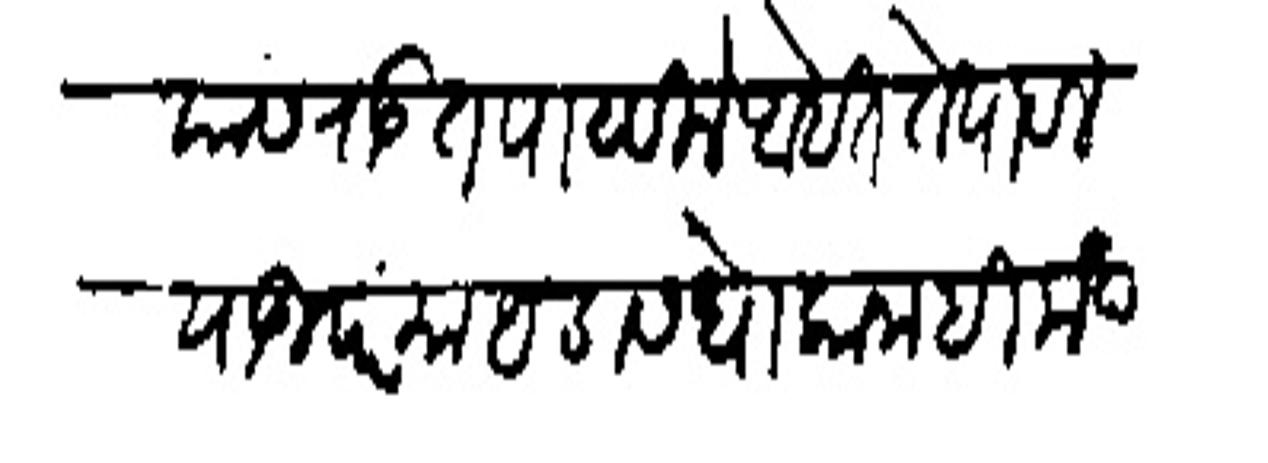
Transliteration (Devanagari): यास राऊत पाठविले आहेत ते पावले याउपर माहडास धोका नाही मंदवारी